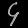
Digit: ၄